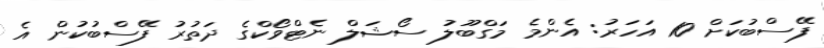
ފޭސްބުކަށް 10 އަހަރު: އެންމެ މަގްބޫލު ސޯޝަލް ނެޓްވޯކްގެ ދަތުރު ފޭސްބުކުން އެ